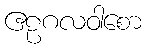
ဧဠဂလဝါစော